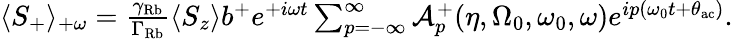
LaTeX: \begin{array}{r}{\langle S_{+}\rangle_{+\omega}=\frac{\gamma_{\mathrm{Rb}}}{\Gamma_{\mathrm{Rb}}}\langle S_{z}\rangle b^{+}e^{+i\omega t}\sum_{p=-\infty}^{\infty}\mathcal{A}_{p}^{+}(\eta,\Omega_{0},\omega_{0},\omega)e^{ip(\omega_{0}t+\theta_{\mathrm{ac}})}.}\end{array}